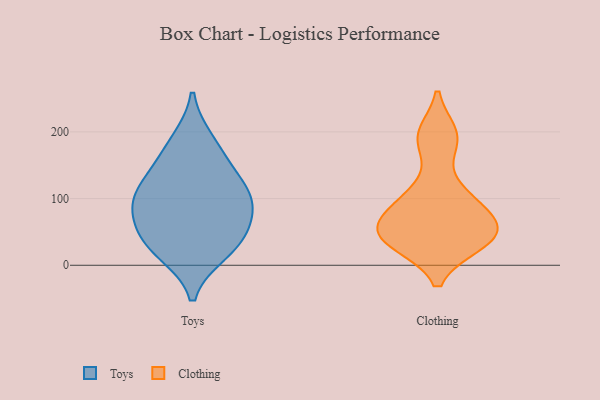
{"axis": {"x": "Page Views", "y": "Value"}, "legend": ["Clothing", "Toys"], "data": [{"x": "", "y": 110, "type": "Toys"}, {"x": "", "y": 120, "type": "Toys"}, {"x": "", "y": 77, "type": "Toys"}, {"x": "", "y": 186, "type": "Toys"}, {"x": "", "y": 34, "type": "Toys"}, {"x": "", "y": 20, "type": "Toys"}, {"x": "", "y": 158, "type": "Toys"}, {"x": "", "y": 102, "type": "Toys"}, {"x": "", "y": 36, "type": "Toys"}, {"x": "", "y": 75, "type": "Toys"}, {"x": "", "y": 35, "type": "Clothing"}, {"x": "", "y": 99, "type": "Clothing"}, {"x": "", "y": 40, "type": "Clothing"}, {"x": "", "y": 105, "type": "Clothing"}, {"x": "", "y": 196, "type": "Clothing"}, {"x": "", "y": 53, "type": "Clothing"}, {"x": "", "y": 65, "type": "Clothing"}, {"x": "", "y": 65, "type": "Clothing"}, {"x": "", "y": 187, "type": "Clothing"}, {"x": "", "y": 33, "type": "Clothing"}]}